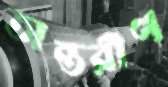
অন্তরীণ